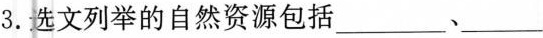
3.选文列举的自然资源包括___、___、